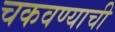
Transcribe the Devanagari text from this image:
चकवण्याची